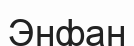
Энфан